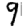
Digit: 9